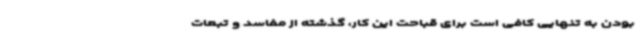
بودن به تنهایی کافی است برای قباحت این کار، گذشته از مفاسد و تبعات